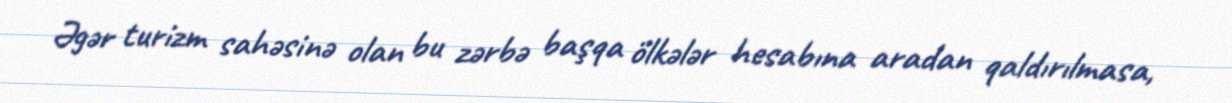
Əgər turizm sahəsinə olan bu zərbə başqa ölkələr hesabına aradan qaldırılmasa,